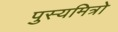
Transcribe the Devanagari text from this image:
पुस्यमित्रो